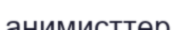
анимисттер